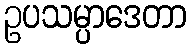
ဥပသမ္ပာဒေတာ